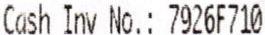
CASH INV NO.: 7926F710